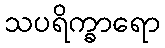
သပရိက္ခာရော